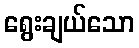
ရွေးချယ်သော